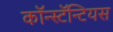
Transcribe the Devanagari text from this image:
कॉन्स्टॅन्टियस